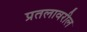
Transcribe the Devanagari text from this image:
प्रतलावरील